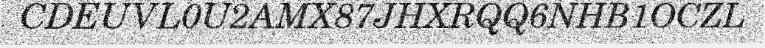
CDEUVL0U2AMX87JHXRQQ6NHB1OCZL